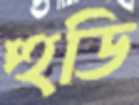
হুডি